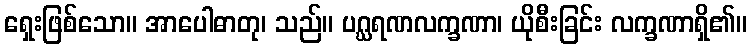
ရှေးဖြစ်သော။ အာပေါဓာတု၊ သည်။ ပဂ္ဃရဏလက္ခဏာ၊ ယိုစီးခြင်း လက္ခဏာရှိ၏။